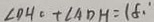
\angle D H O + \angle A D H = 1 8 0 ^ { \circ }